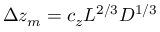
\Delta z _ { m } = c _ { z } L ^ { 2 / 3 } D ^ { 1 / 3 }